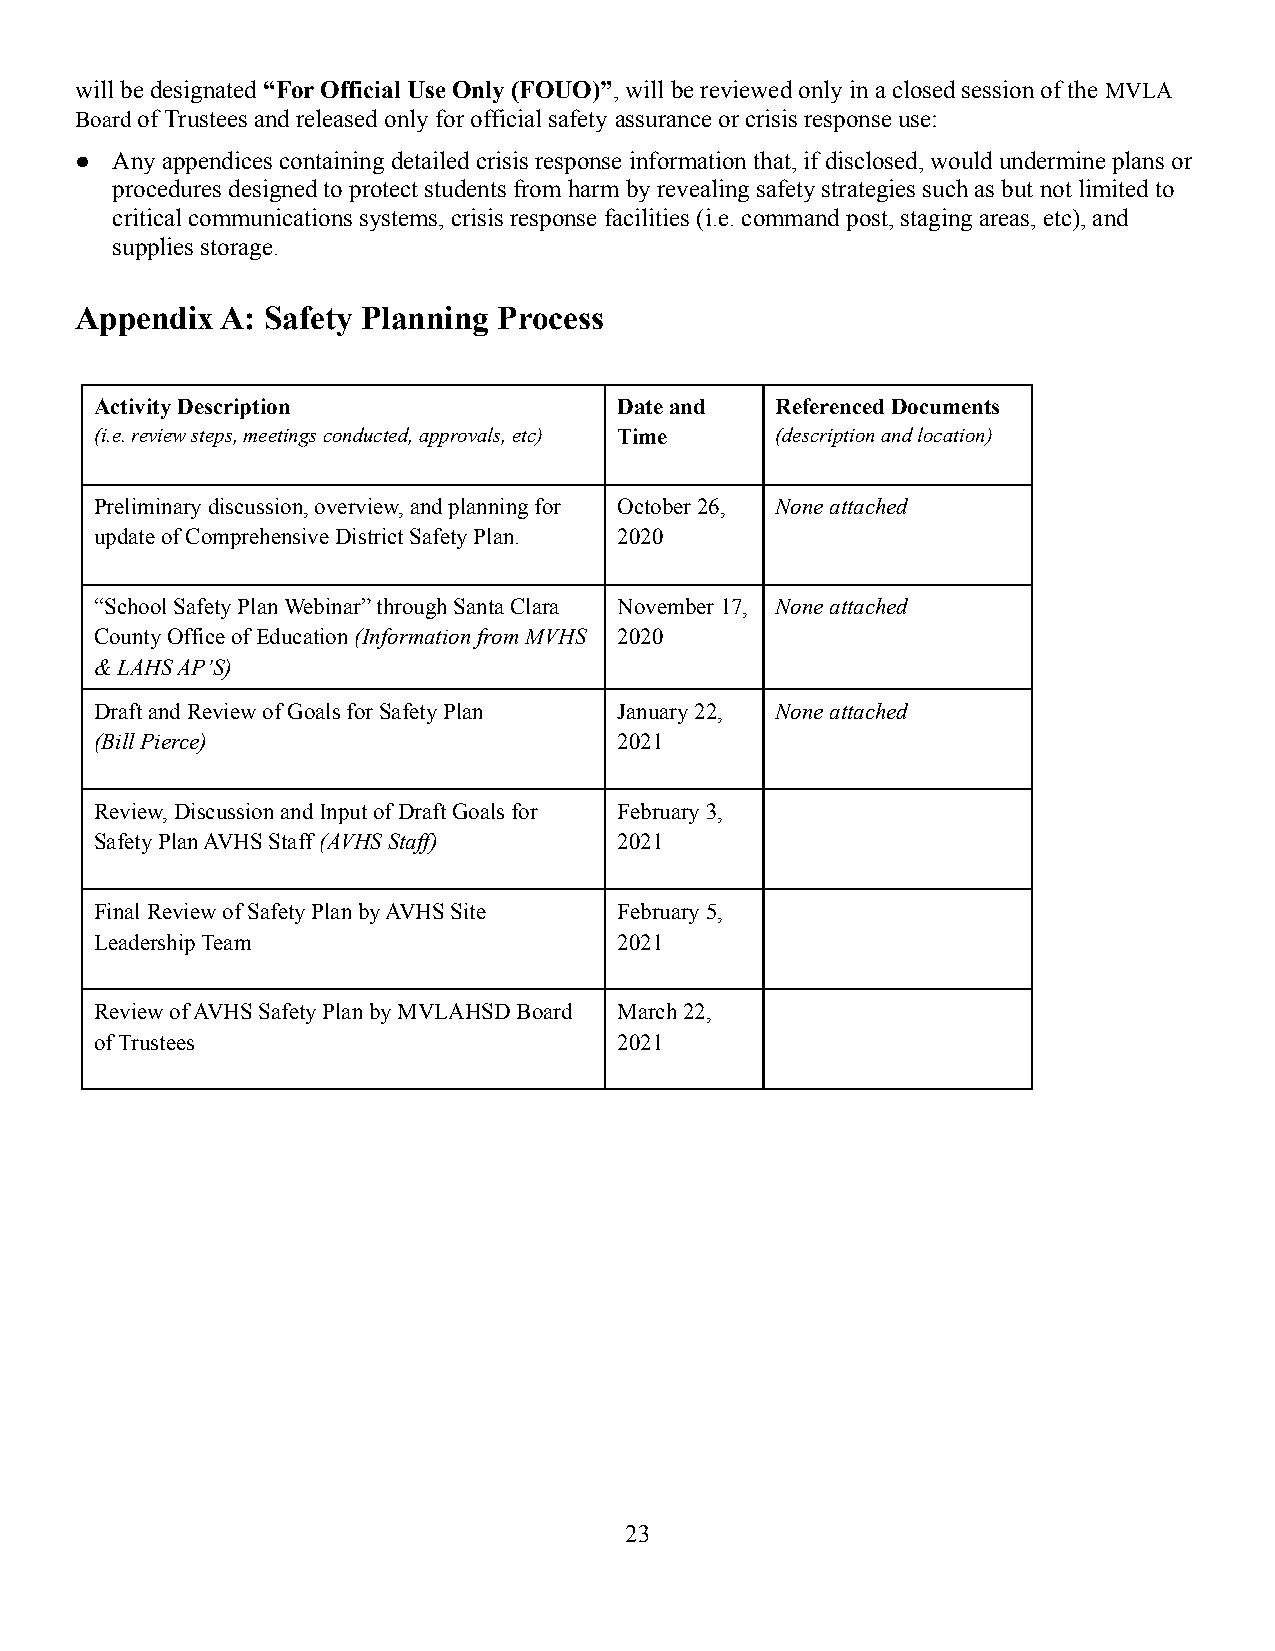
will be designated “For Official Use Only (FOUO)”, will be reviewed only in a closed session of theMVLA
 Boardof Trustees and released only for official safety assurance or crisis response use:
 ● Any appendices containing detailed crisis responseinformation that, if disclosed, would undermine plans or
 procedures designed to protect students from harmby revealing safety strategies such as but not limited to
 critical communications systems, crisis response facilities(i.e. command post, staging areas, etc), and
 supplies storage.
 Appendix  A: Safety Planning Process
 Activity Description               Date and  Referenced Documents
 (i.e. review steps, meetings conducted, approvals,etc) Time (description and location)
 Preliminary discussion, overview, and planning for October 26, None attached
 update of Comprehensive District Safety Plan. 2020
 “School Safety Plan Webinar” through Santa Clara November 17, None attached
 County Office of Education(Information from MVHS 2020
 & LAHS AP’S)
 Draft and Review of Goals for Safety Plan January 22, None attached
 (Bill Pierce)                      2021
 Review, Discussion and Input of Draft Goals for February 3,
 Safety Plan AVHS Staff (AVHS Staff) 2021
 Final Review of Safety Plan by AVHS Site February 5,
 Leadership Team                    2021
 Review of AVHS Safety Plan by MVLAHSD Board March 22,
 of Trustees                        2021
 23